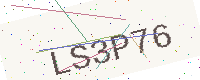
Text: LS3P76